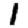
Digit: 1